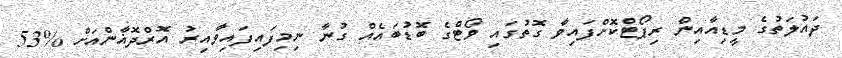
ދައުލަތުގެ މީޑިއާއިން ރިޕޯޓްކޮށްފައިވާ ގޮތުގައި ވޯޓްގެ ބޮޑުބައެއް ގުނާ ނިމިފައިފައިވާއިރު އޮރްދޮޣާންއަށް %53